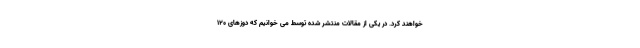
خواهند کرد. در یکی از مقالات منتشر شده توسط می خوانیم که دوزهای 120